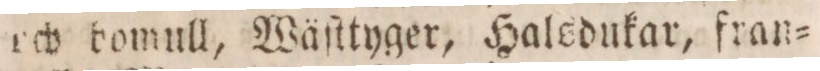
rch bomull, Wäſttyger, Halsdukar, fran=